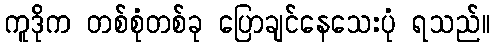
ကူဒိုက တစ်စုံတစ်ခု ပြောချင်နေသေးပုံ ရသည်။